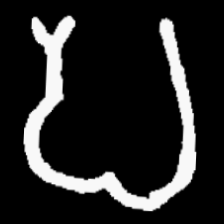
Pyu character \u2014 Myanmar letter: ပ (romanized: pa)